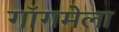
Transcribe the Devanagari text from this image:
गॉगमेला